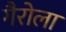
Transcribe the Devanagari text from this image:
गैरोला